65_HS1-834228961_62-HQ-83894_Section_9
Agency: FBI
Page 210
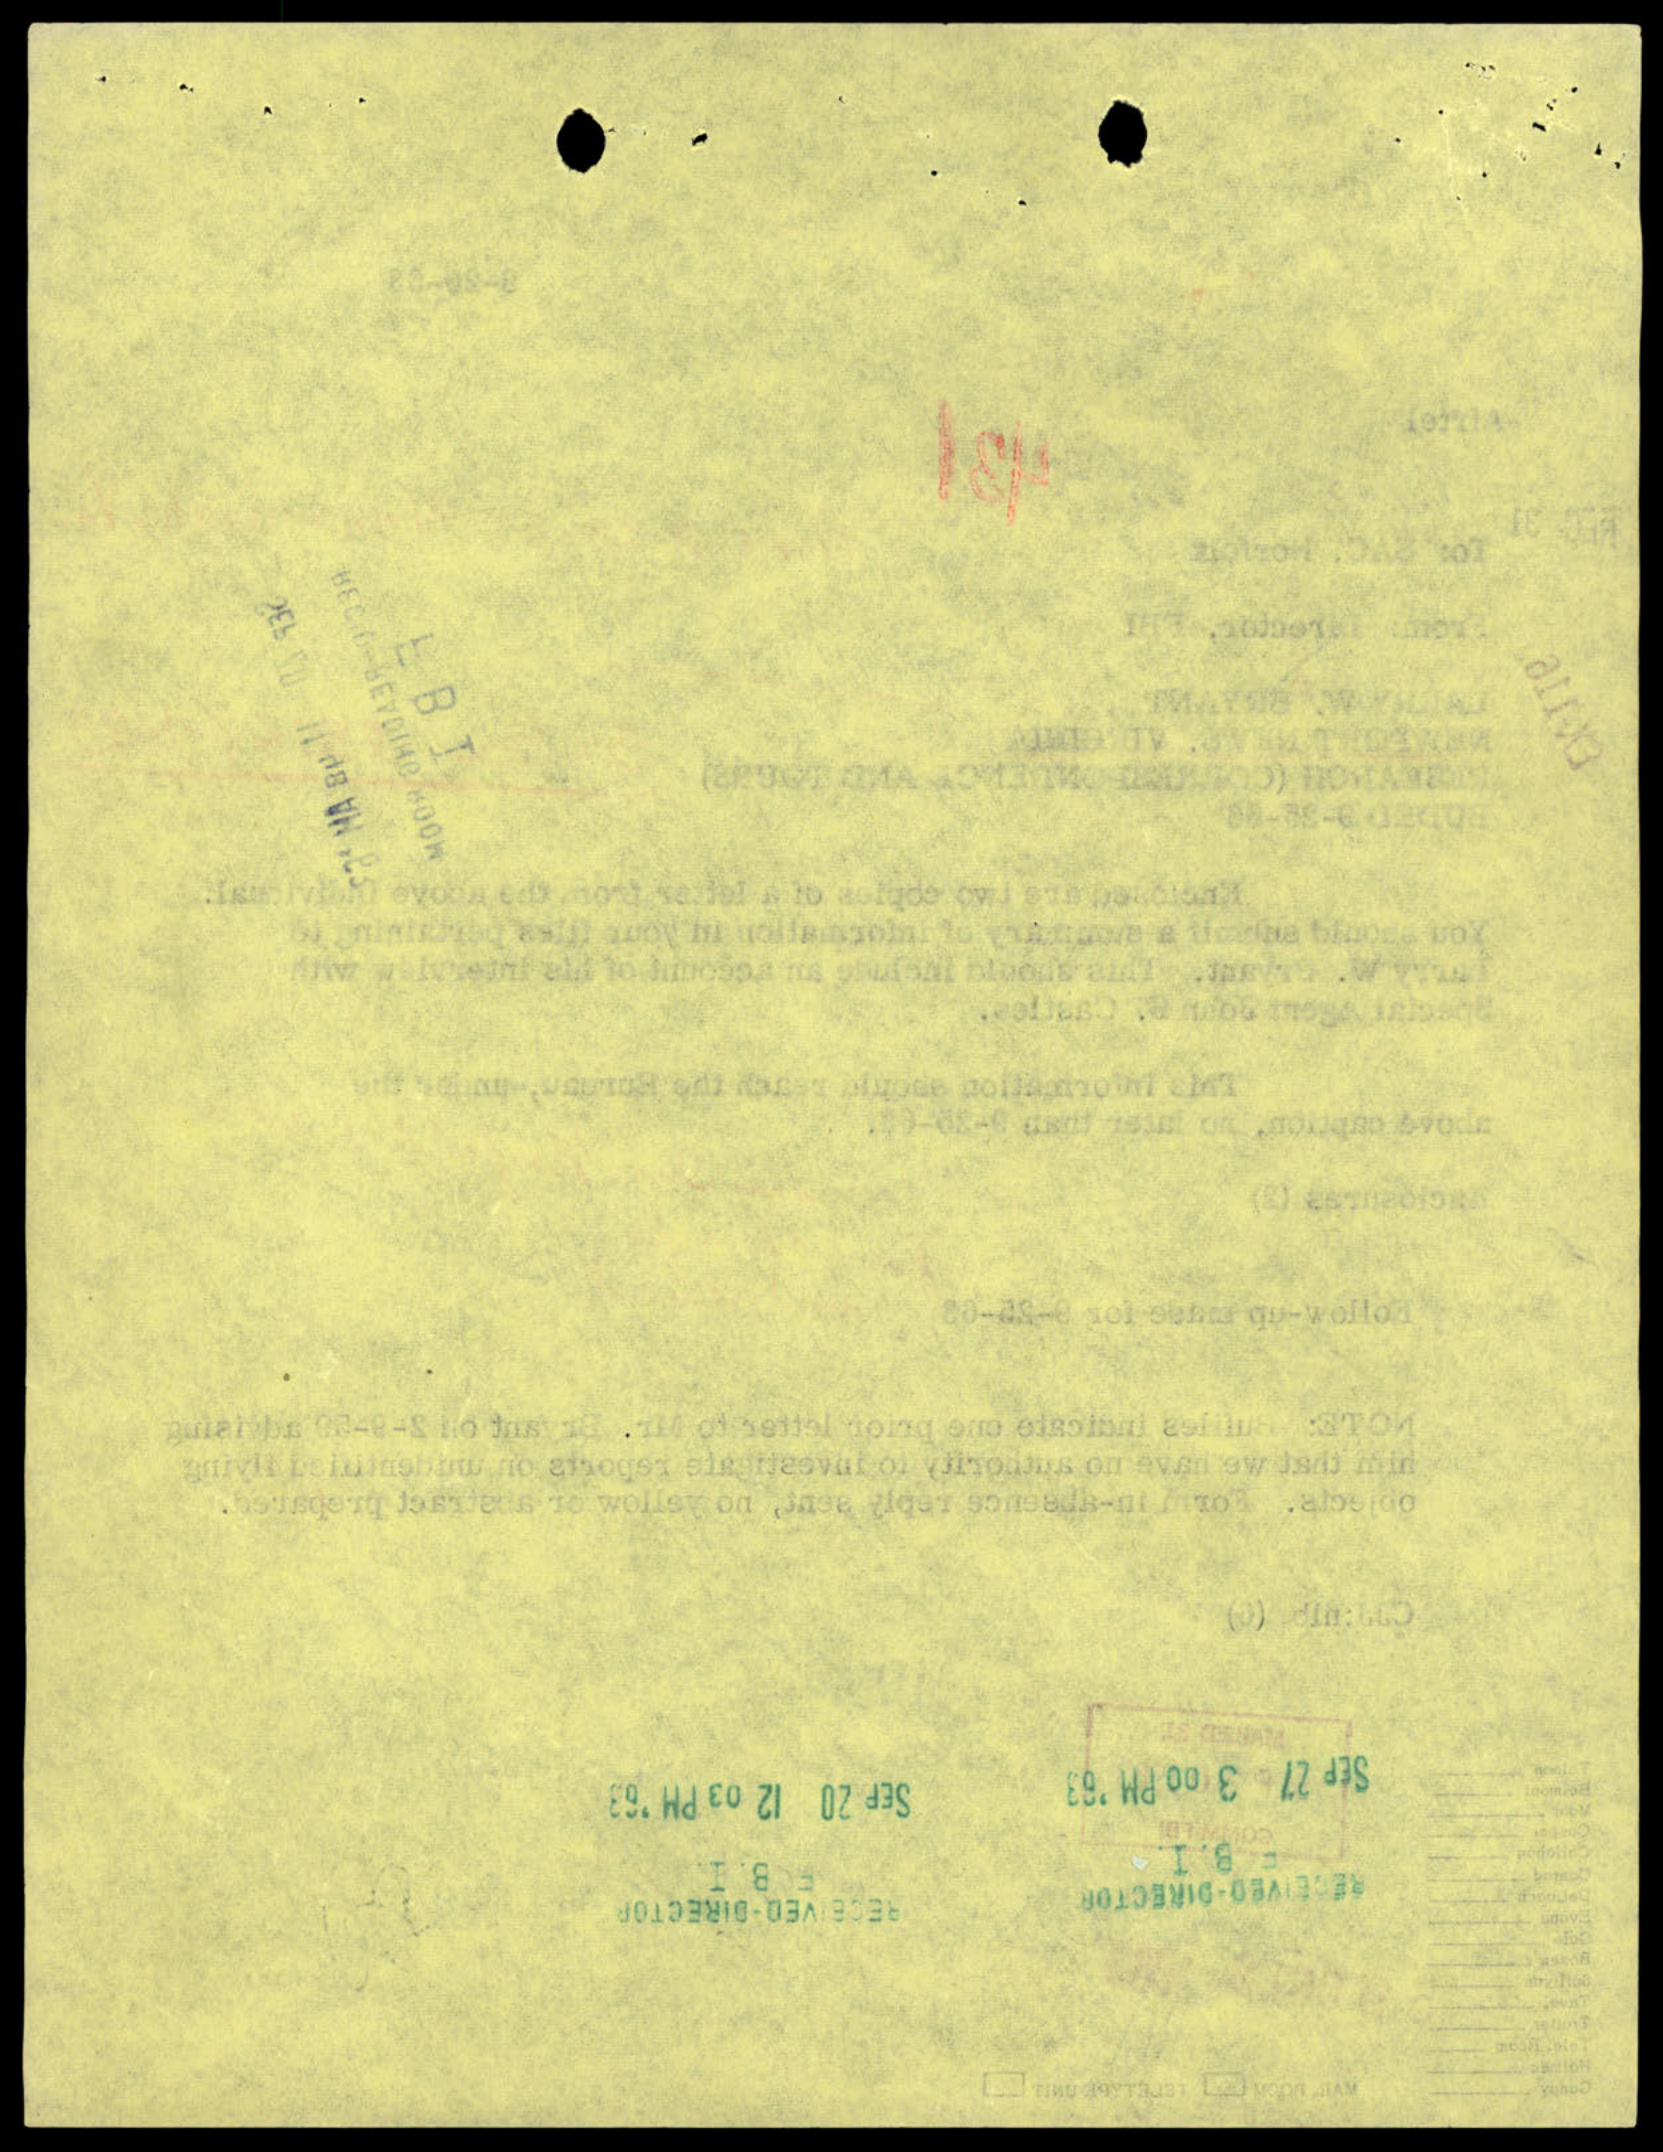